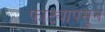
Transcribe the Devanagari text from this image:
फाट्यापसून